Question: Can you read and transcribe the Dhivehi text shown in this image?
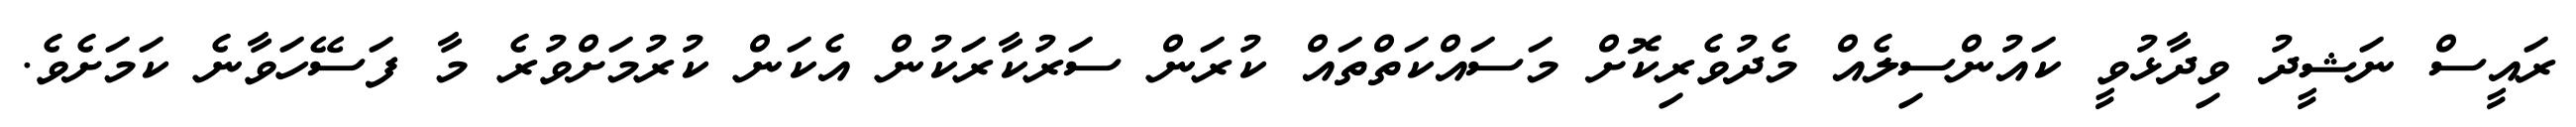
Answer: ރައީސް ނަޝީދު ވިދާޅުވީ ކައުންސިލެއް މެދުވެރިކޮށް މަސައްކަތްތައް ކުރަން ސަރުކާރަކުން އެކަން ކުރުމަށްވުރެ މާ ފަސޭހަވާނެ ކަމަށެވެ.